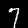
Digit: 7